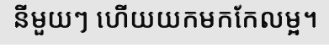
នីមួយៗ ហើយយកមកកែលម្អ។